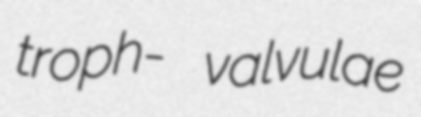
troph- valvulae